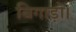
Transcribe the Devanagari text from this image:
बिगाड़ो।